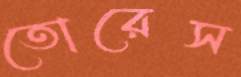
তোরেস